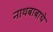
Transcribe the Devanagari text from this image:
नाथबाबाचे